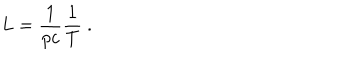
LaTeX: L = \frac { 1 } { p c } \frac { 1 } { T } ~ .